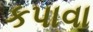
કપાવા